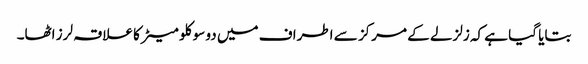
بتایا گیا ہے کہ زلزلے کے مرکز سے اطراف میں دو سو کلو میٹر کا علاقہ لرز اٹھا۔